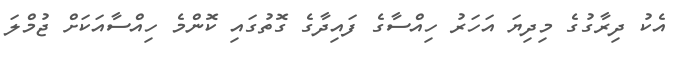
އެކު ދިރާގުގެ މިދިޔަ އަހަރު ހިއްސާގެ ފައިދާގެ ގޮތުގައި ކޮންމެ ހިއްސާއަކަށް ޖުމްލަ